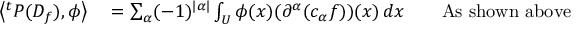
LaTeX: \begin{array} { r l r l } { \left\langle { } ^ { t } P ( D _ { f } ) , \phi \right\rangle } & { { } = \sum _ { \alpha } ( - 1 ) ^ { | \alpha | } \int _ { U } \phi ( x ) ( \partial ^ { \alpha } ( c _ { \alpha } f ) ) ( x ) \, d x } & { } & { { } { \mathrm { A s ~ s h o w n ~ a b o v e } } } \end{array}